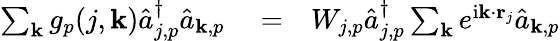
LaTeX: \begin{array}{rlr}{\sum_{{\mathbf k}}g_{p}(j,{\mathbf k})\hat{a}_{j,p}^{\dagger}\hat{a}_{{\mathbf k},p}}&{{}=}&{W_{j,p}\hat{a}_{j,p}^{\dagger}\sum_{{\mathbf k}}e^{\mathrm{i}{\mathbf k}\cdot{\mathbf r}_{j}}\hat{a}_{{\mathbf k},p}}\end{array}